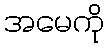
အမေကို